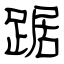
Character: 踞